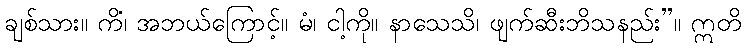
ချစ်သား။ ကိံ၊ အဘယ်ကြောင့်။ မံ၊ ငါ့ကို။ နာသေသိ၊ ဖျက်ဆီးဘိသနည်း”။ ဣတိ